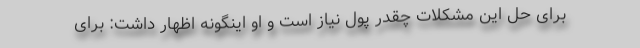
برای حل این مشکلات چقدر پول نیاز است و او اینگونه اظهار داشت: برای